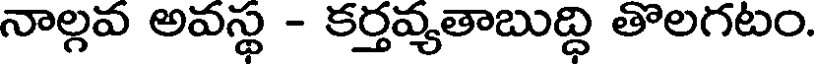
నాల్గవ అవస్థ - కర్తవ్యతాబుద్ధి తొలగటం.